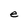
Character: e